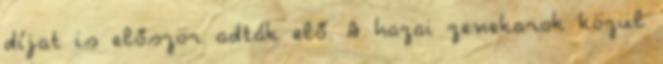
díjat is először adták elő. A hazai zenekarok közül